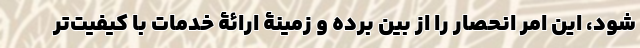
شود، این امر انحصار را از بین برده و زمینۀ ارائۀ خدمات با کیفیت‌تر